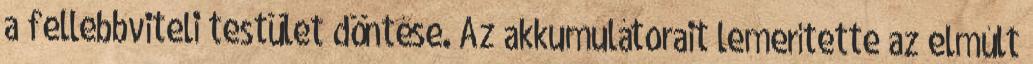
a fellebbviteli testület döntése. Az akkumulátorait lemerítette az elmúlt